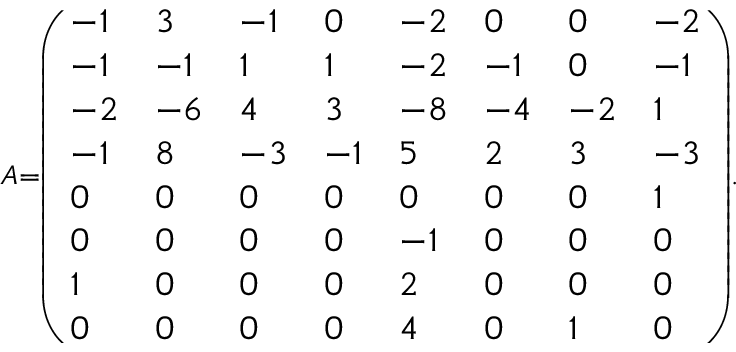
\scriptstyle A = { \left( \begin{array} { l l l l l l l l } { - 1 } & { 3 } & { - 1 } & { 0 } & { - 2 } & { 0 } & { 0 } & { - 2 } \\ { - 1 } & { - 1 } & { 1 } & { 1 } & { - 2 } & { - 1 } & { 0 } & { - 1 } \\ { - 2 } & { - 6 } & { 4 } & { 3 } & { - 8 } & { - 4 } & { - 2 } & { 1 } \\ { - 1 } & { 8 } & { - 3 } & { - 1 } & { 5 } & { 2 } & { 3 } & { - 3 } \\ { 0 } & { 0 } & { 0 } & { 0 } & { 0 } & { 0 } & { 0 } & { 1 } \\ { 0 } & { 0 } & { 0 } & { 0 } & { - 1 } & { 0 } & { 0 } & { 0 } \\ { 1 } & { 0 } & { 0 } & { 0 } & { 2 } & { 0 } & { 0 } & { 0 } \\ { 0 } & { 0 } & { 0 } & { 0 } & { 4 } & { 0 } & { 1 } & { 0 } \end{array} \right) } .